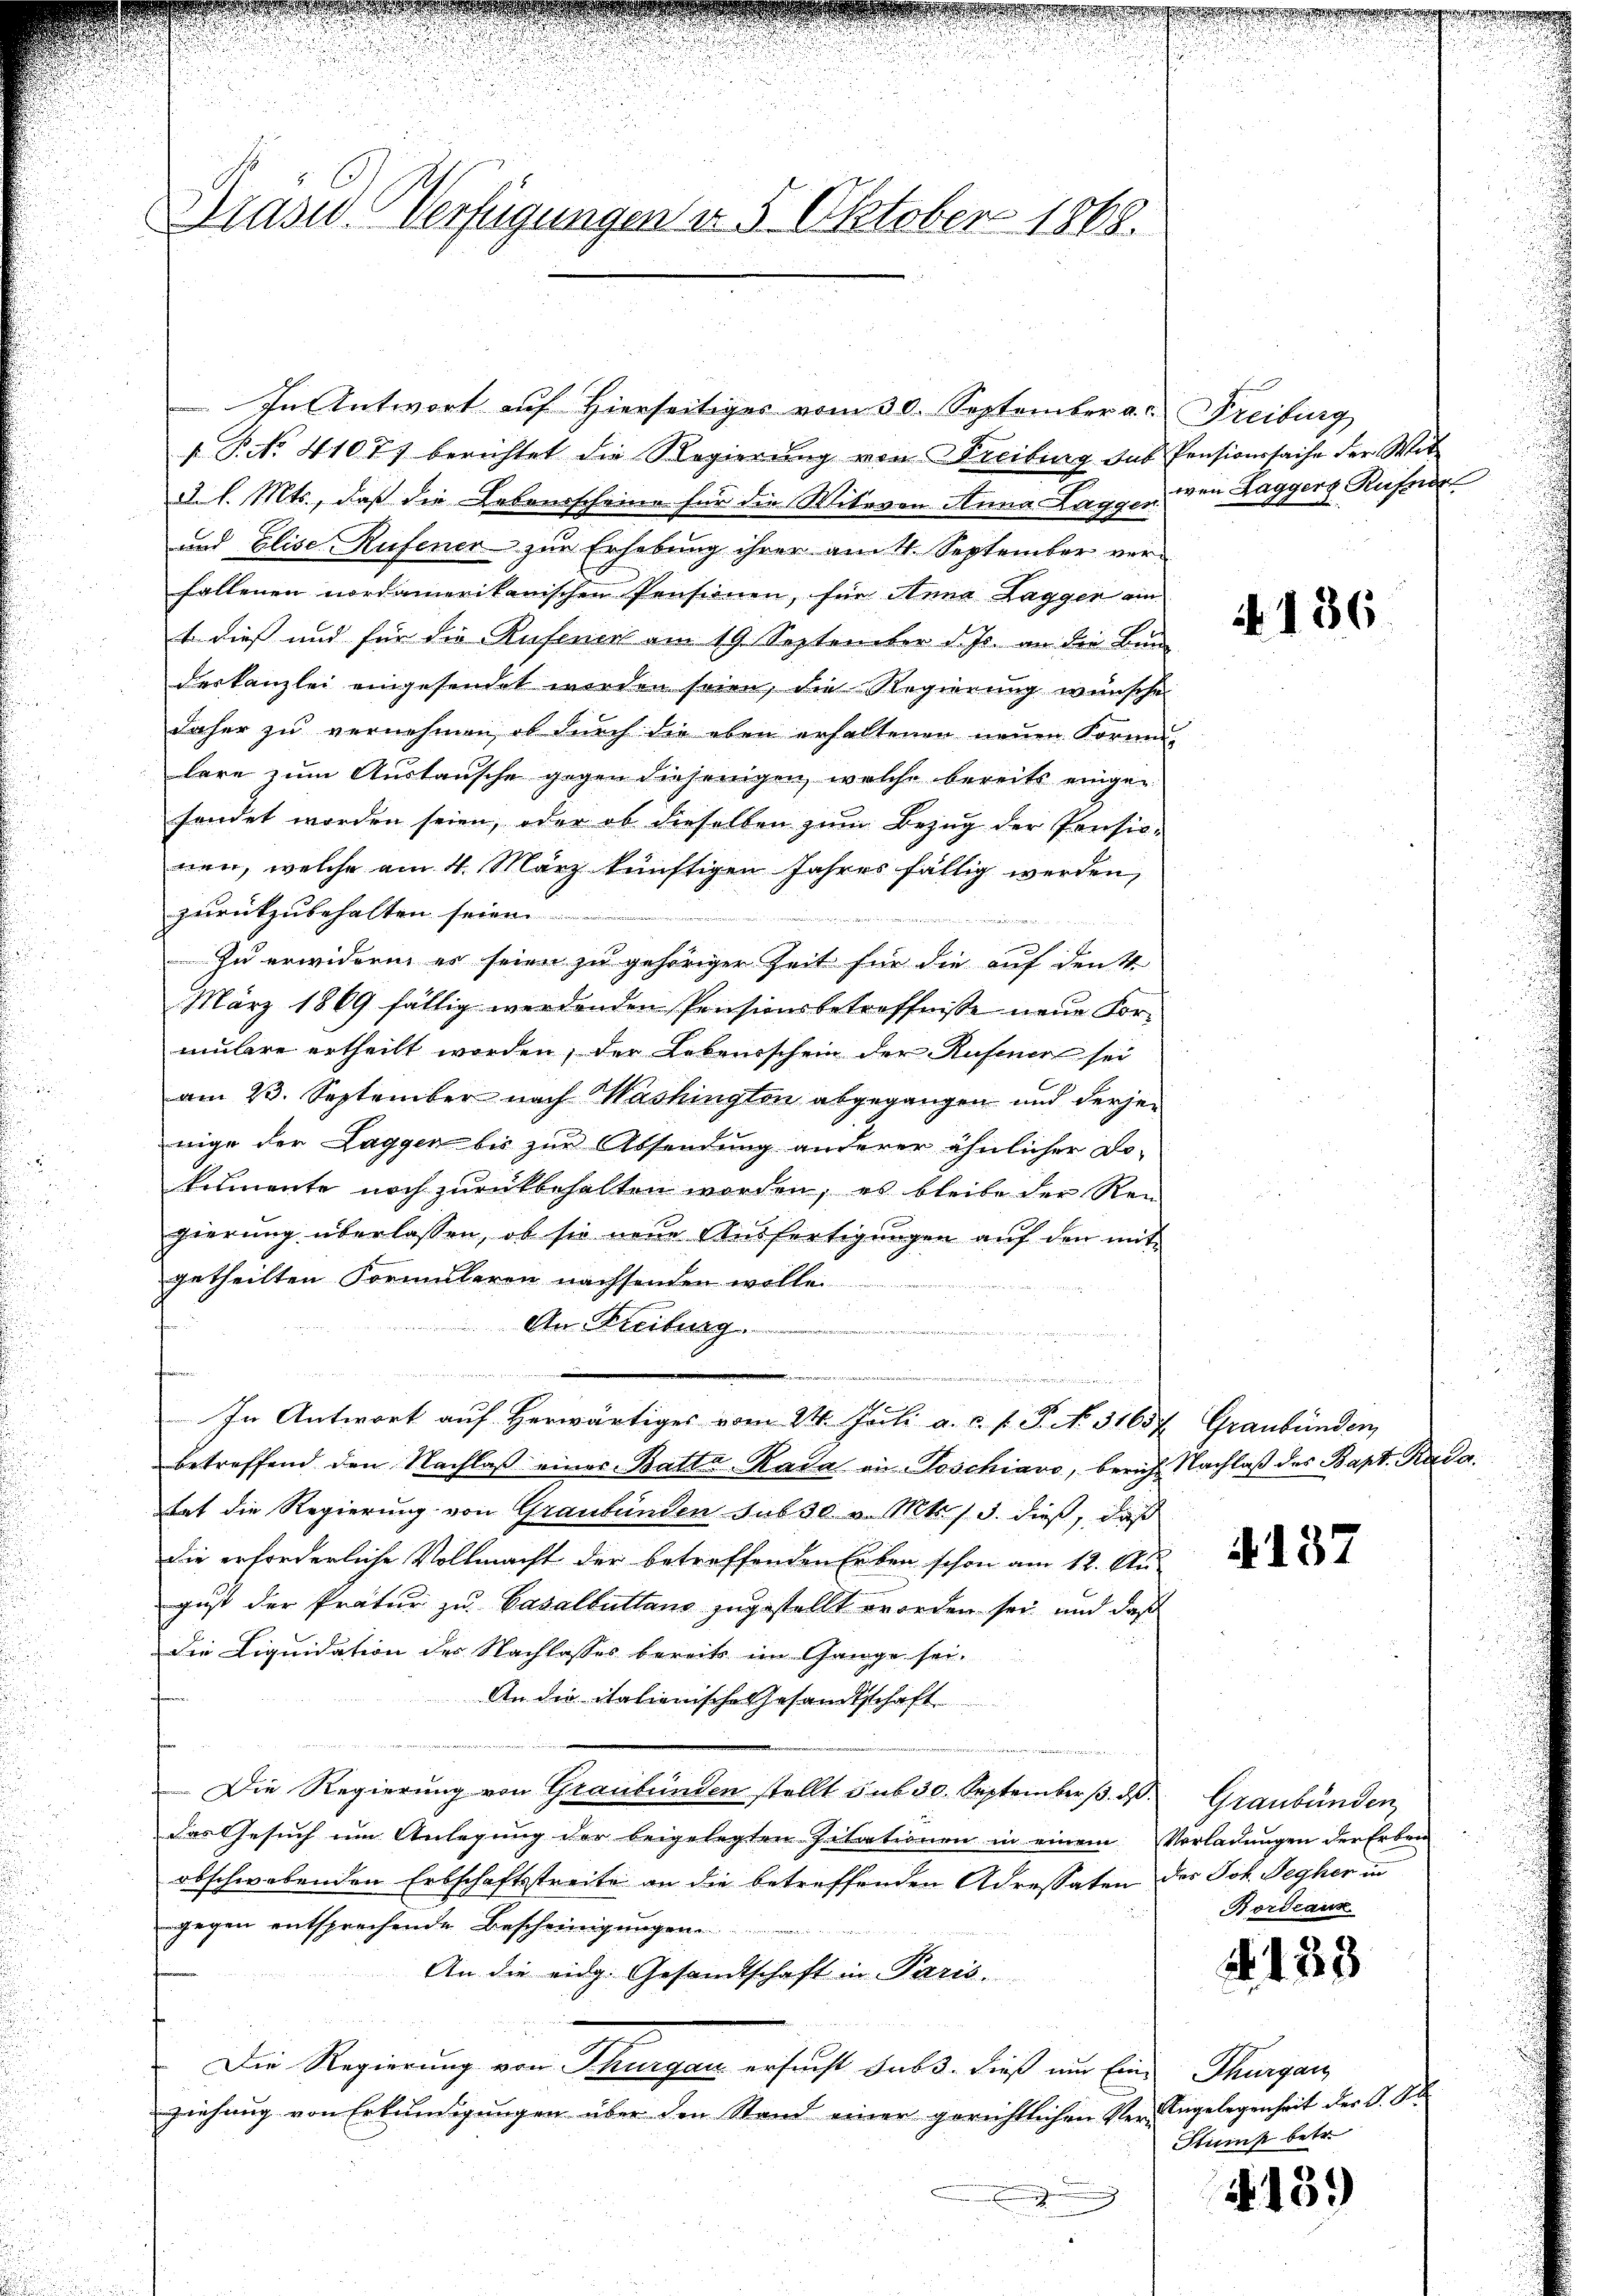
Präsid. Verfügungen v. 5. Oktober 1888.

In Antwort auf hierseitiges vom 30. September a. Freiburg
 P. No. 4107) berichtet die Regierung von Freibung des Pensionssache der Witd. l. Mts., daß die Lebensscheine für die Witwen Anna Lagger den Laggers Rufer
und Elise Rufener zur Erhebung ihrer am 4. September verfallenen nordamerikanischen Pensionen, für Anna Lagger ain
t dies und für die Rufenen am 19. September d. Js. an die Bun
derkanzlei eingesendet werden seien, die Regierung wünsche
daher zu vernehmen, ob durch die eben erhaltenen neuen Korni-
lare zum Austausche gegen diejenigen, welche bereits eingefendet worden seien, oder ob dieselben zum Bezug der Pensionen, welche am 4. März künftigen Jahres fällig werden,
zurückzubehalten seien.
niten ungen
n
Zu erwidern es seien zu gehöriger Zeit für die auf den 4.
März 1869 fällig werdenden Prissionsbetroffnisse neue For-
mulare ertheilt worden, der Lebensschein der Rufener sei
am 23. September nach Washington abgegangen und derjenige der Laggen bis zur Absendung anderer ähnlicher Do-
keimente noch zurückbehalten worden, es bleibe der Rei
gierung überlassen, ob sie neue Ausfertigungen auf den mit
getheilten Formularen nachsenden wolle.
An Freibung
u

In Antwort auf herwärtiges vom 24. Juli a. c. s. P. No. 31657 Graubünden,
betreffend den Nachlaβ eines Batta Rada an Poschiavo, berich Nachlaβ des Bapt. Radatat die Regierung von Graubünden sub 30 v. Mts. 15. dieß, daß
die erforderliche Vollmacht der betreffenden Erben schon am 12. Au-
gust der Pratur zu Vasallutland zugestellt worden sei, und daß
Die Liquidation des Nachlasses bereits im Gange sei.
An die italienische Gesandtschaft
n
Die Regierung von Graubünden stellt sub 30. September d
Das Gesŭch ŭm Anlegŭng der beigelegten Citationen in einem Vorladungen der Erbei
obschwabenden Erbschaftsstreite an die betreffenden Adressaten des Joh. Segher in
gegen entsprechende Bescheinigungen
An die eidg. Gesandtschaft in Paris.
Die Regierung von Thurgau ersucht sub. Dieß nur Eine Thurganz
ziehung von Erkundigungen über den Stand einer gerichtlichen Ver-Engelegenheit der G. S

N 136

4137

Graubünden
Bordeaux

. 133

Stump betr.

N. 13.